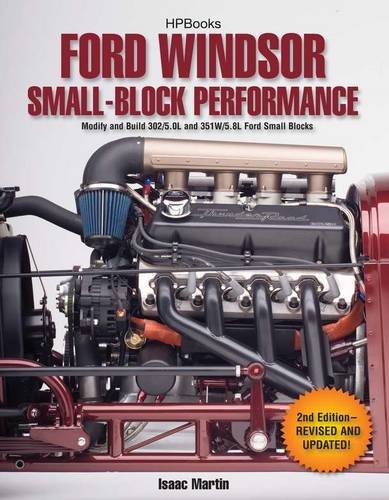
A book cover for Ford Windsor Small-Block Performance HP1558: Modify and Build 302/5.0L ND 351W/5.8L Ford Small Blocks; Isaac Martin; Engineering & Transportation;